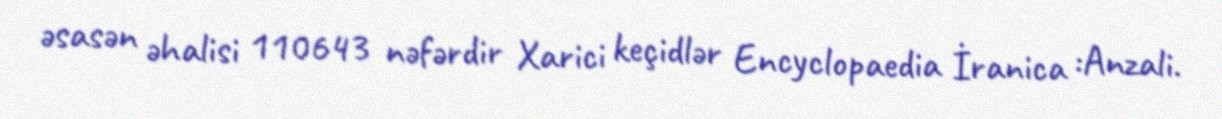
əsasən əhalisi 110643 nəfərdir Xarici keçidlər Encyclopaedia İranica :Anzali.